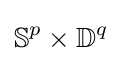
\mathbb {S} ^{p}\times \mathbb {D} ^{q}